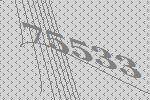
75533